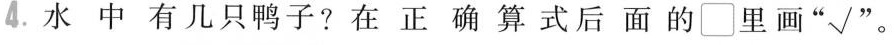
4.水中有几只鸭子？在正确算式后面的\Box 里画”√"。